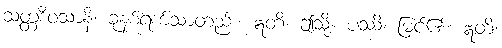
သတ္တဒိဝသာနိ၊ ခုနစ်ရက်သာတည်း။ ဣတိ၊ ဤသို့။ ပဿိ၊ မြင်၏။ ဣတိ၊